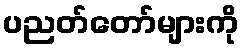
ပညတ်တော်များကို